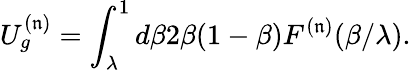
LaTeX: U_{g}^{(\mathfrak{n})}=\int_{\lambda}^{1}d\beta2\beta(1-\beta)F^{(\mathfrak{n})}(\beta/\lambda).